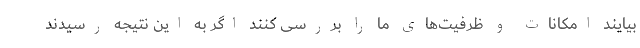
بیایند امکانات و ظرفیت‌های ما را بررسی کنند اگر به این نتیجه رسیدند